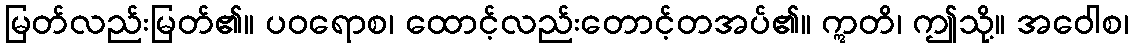
မြတ်လည်းမြတ်၏။ ပဝရောစ၊ ထောင့်လည်းတောင့်တအပ်၏။ ဣတိ၊ ဤသို့။ အဝေါစ၊